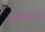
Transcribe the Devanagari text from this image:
श्रमसंगठन